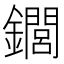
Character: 䥨